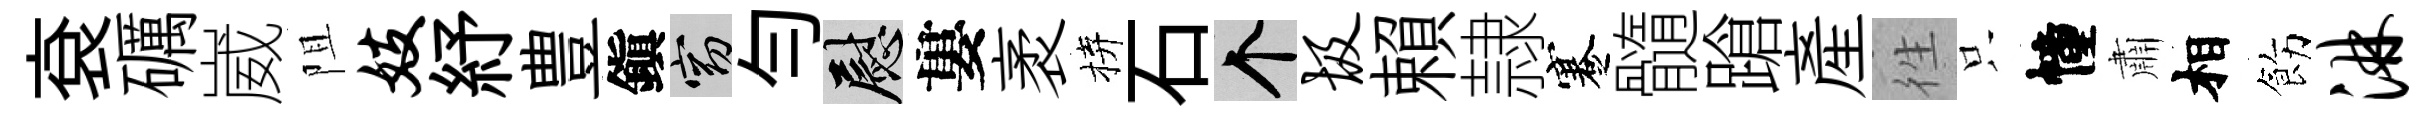
袞礪崴阻妓紓豊鎭窈勻慰婁袤拚石个圾賴隷蹇髓蹌産徃只幢肅相飭淋